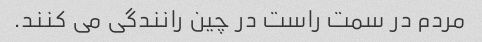
مردم در سمت راست در چین رانندگی می کنند.